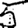
Digit: 5